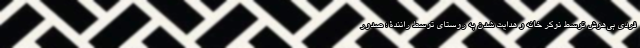
فردی بی‌هوش توسطِ نوکر خانه و هدایت شدن به روستای توسط رانندۀ ؛ صدورِ